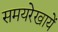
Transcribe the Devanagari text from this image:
समयरेखायें